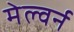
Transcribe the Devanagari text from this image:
मेल्वर्न